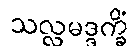
သလ္လမဒ္ဒက္ခိံ